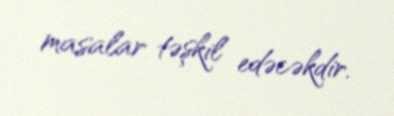
masalar təşkil edəcəkdir.